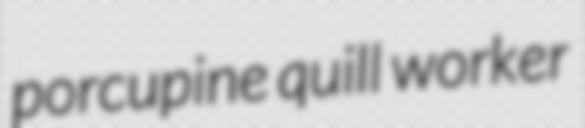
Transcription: porcupine quill worker